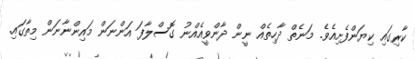
ކާރިގައި ކިޔަންފެށިއެވެ. މަނެތް ދާހިތެއް ނީން ދާންވީއެއްނު ގޮސްލާފަ އަންނަން މައިންނާނަން މިތާގައި.